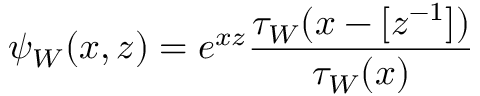
\psi _ { W } ( x , z ) = e ^ { x z } \frac { \tau _ { W } ( x - [ z ^ { - 1 } ] ) } { \tau _ { W } ( x ) }